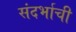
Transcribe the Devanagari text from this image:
संदर्भाची